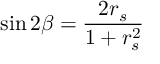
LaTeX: \sin 2 \beta = \frac { 2 r _ { s } } { 1 + r _ { s } ^ { 2 } }